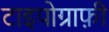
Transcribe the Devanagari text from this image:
टाइपोग्राफ़ी